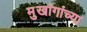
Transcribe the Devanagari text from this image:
मुखांगांच्या